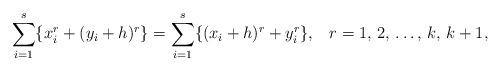
LaTeX: \begin{align*}\sum_{i=1}^s\{x_i^r+(y_i+h)^r\}=\sum_{i=1}^s\{(x_i+h)^r+y_i^r\},\;\;\;r=1,\,2,\,\dots,\,k,\,k+1, \end{align*}